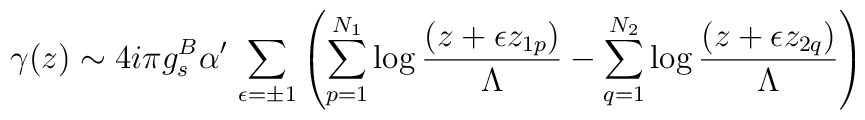
\gamma(z) \sim 4 i \pi g^B_s \alpha^\prime \,\sum_{\epsilon=\pm1}\left(\sum_{p=1}^{N_1} \log\frac{(z+\epsilon z_{1p})}{\Lambda} - \sum_{q=1}^{N_2} \log\frac{(z+\epsilon z_{2q})}{\Lambda}\right)